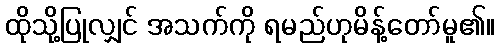
ထိုသို့ပြုလျှင် အသက်ကို ရမည်ဟုမိန့်တော်မူ၏။